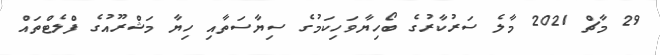
29 މާޗް 2021 މާލެ ސަރުކާރުގެ ބޯހިޔާވަހިކަމުގެ ސިޔާސަތާއި ހިޔާ މަޝްރޫއުގެ ފްލެޓްތައް